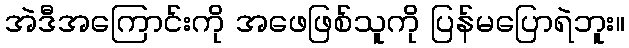
အဲဒီအကြောင်းကို အဖေဖြစ်သူကို ပြန်မပြောရဲဘူး။